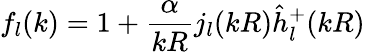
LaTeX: f_{l}(k)=1+\frac{\alpha}{kR}j_{l}(kR)\hat{h}_{l}^{+}(kR)